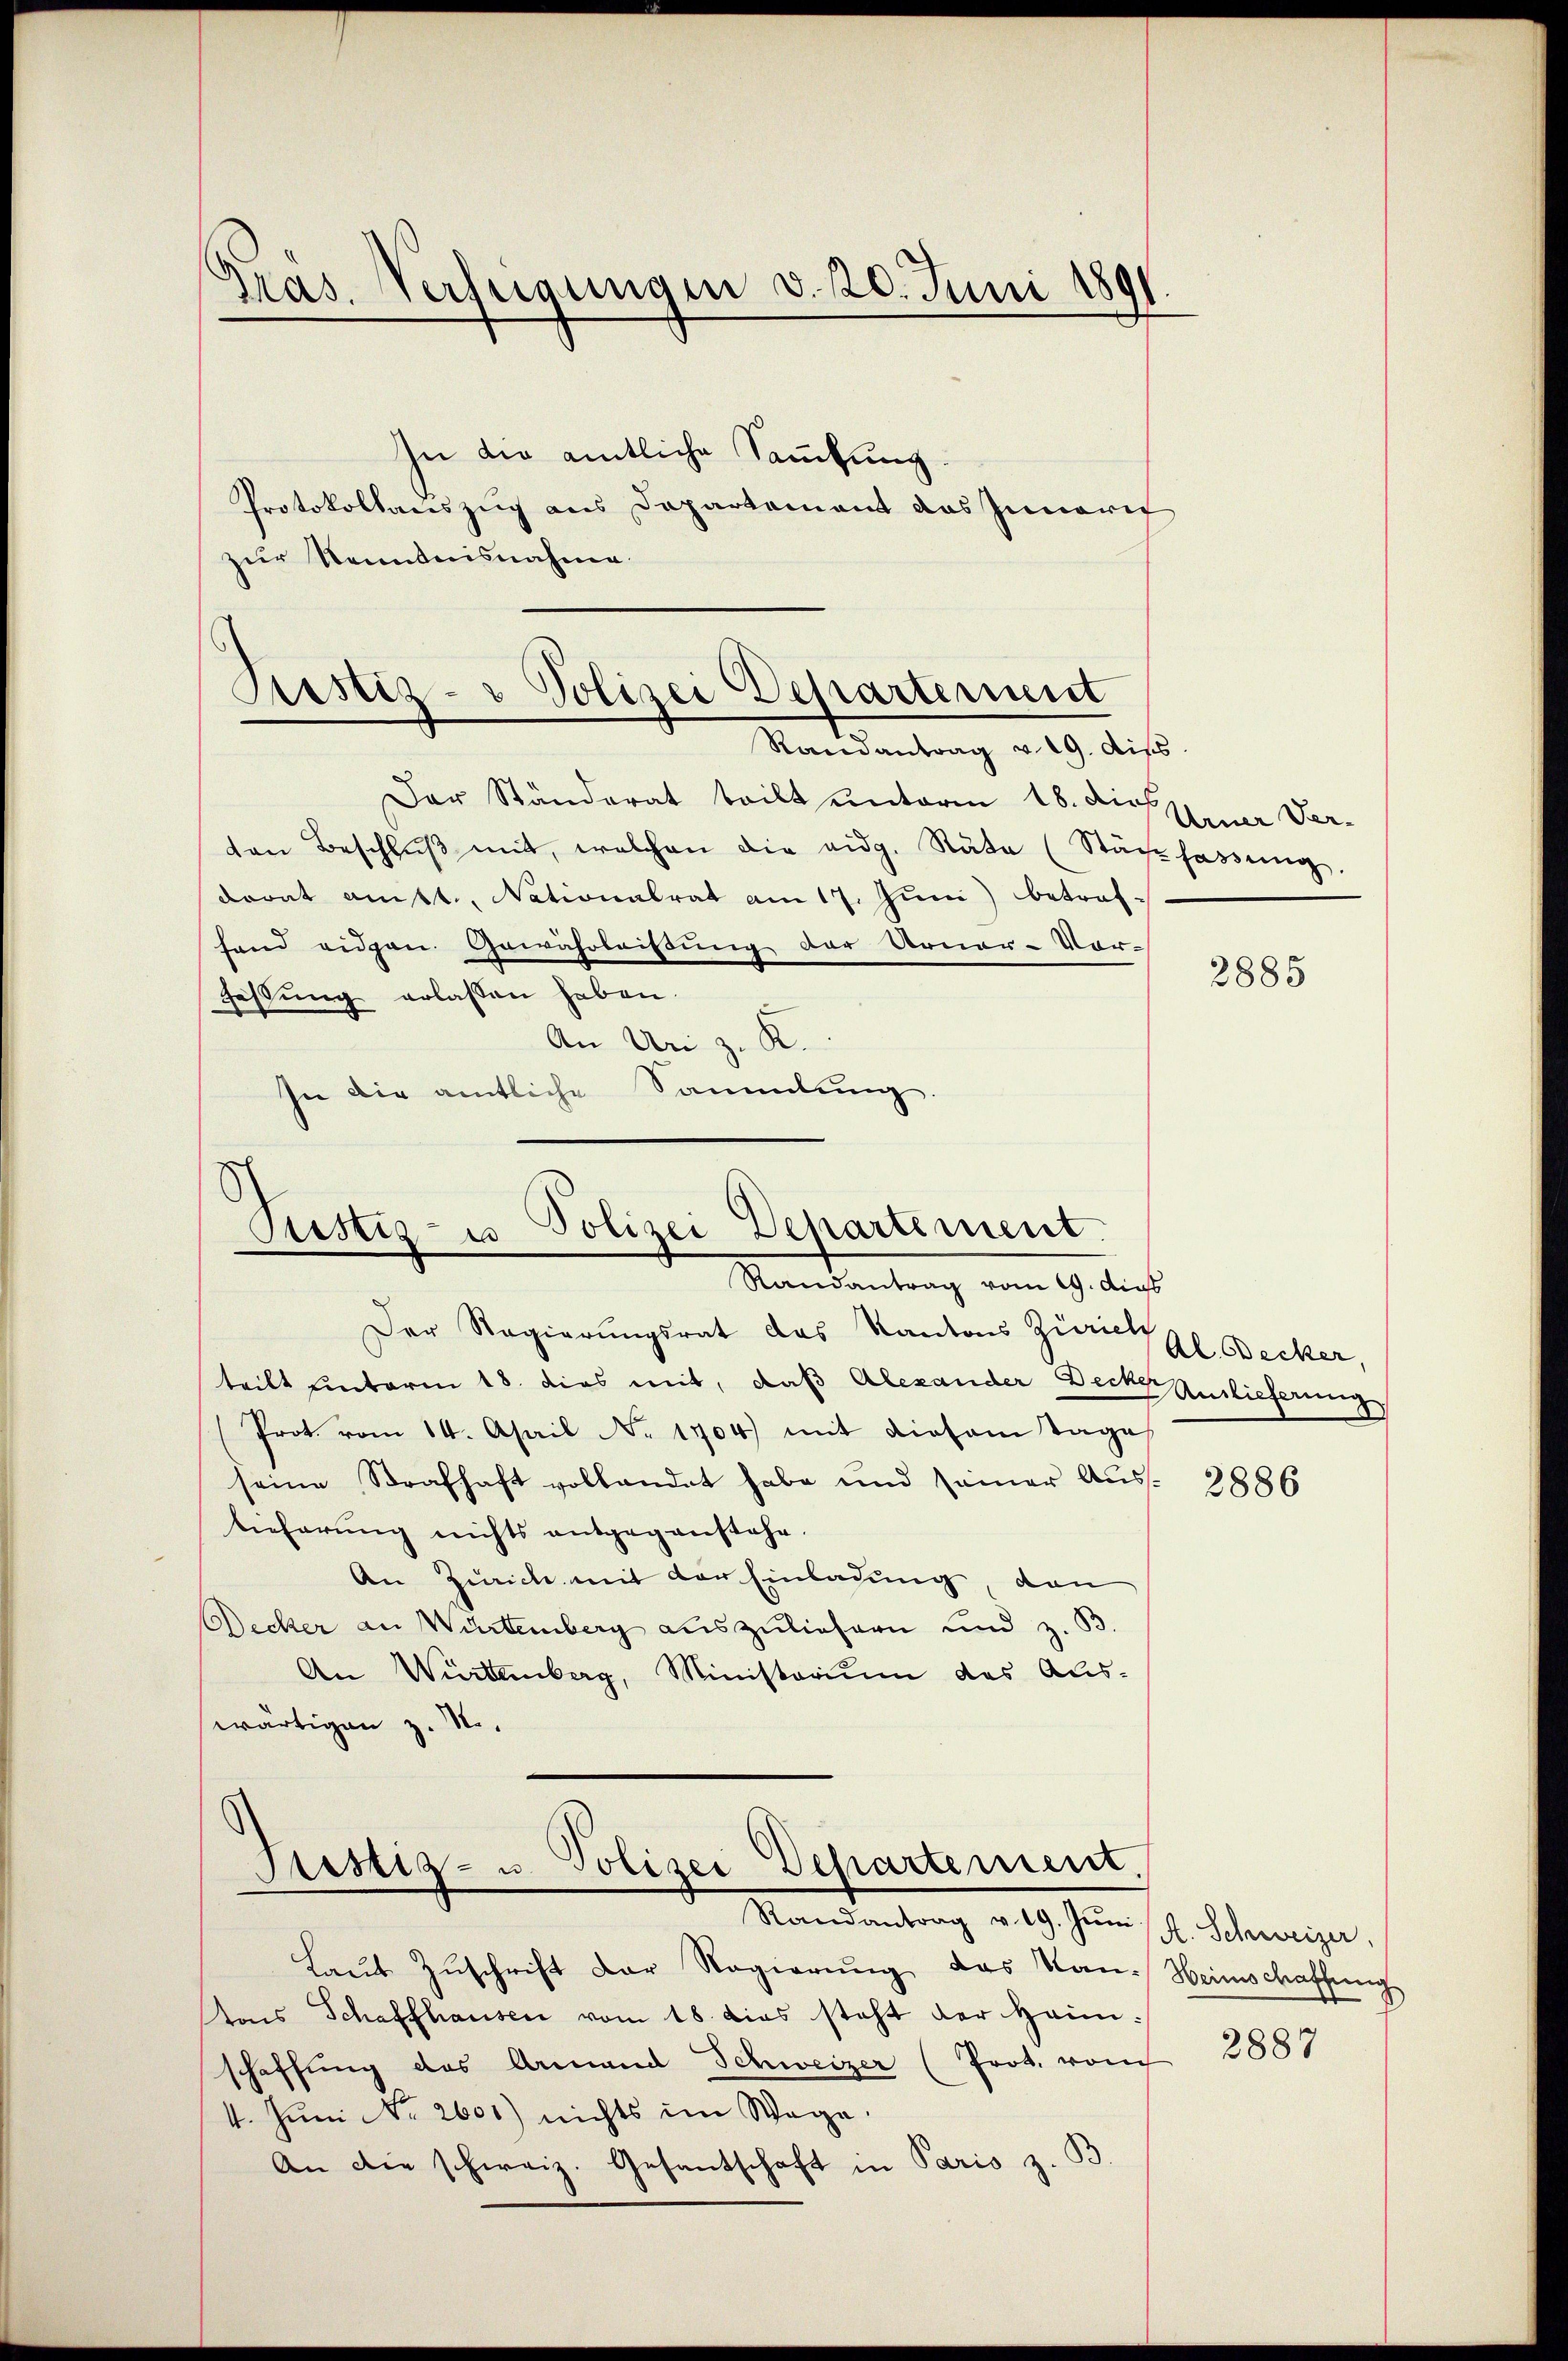
Gras. Verfügungen v. 20. Juni 1891

Justiz- & Polizei Departement
Randantrag v. 19. diss

In die amtliche Sammlung.
Protokollauszug aus Departement das Innerif
zur Kenntnisnahme.

Der Ständerat teilt unterm 18. die Neuer Verten Beschlŭβ mit, welchen die eidg. Rate (Stäŭhassŭng.
dront amkt., Nationalrat am 17. Jŭni) betroffand eidgen. Gewährleisung der Urner-Vor-
Festung erlassen haben.
An Uri z. K.
In die amtliche Sammlung

Pustiz- u Polizei Departement
Randantrag vom 19. Augs

Der Regierungsrat das Kantons Zürichs Becker
teilt unterm 18. dies mit, daß Alexander Decke Auslieferung
Prot. vom 14. April Nr. 1704) mit diesem Tage
seine Strafhaft vollandet habe und seiner Auslicherung nichts entgegenstehe.
An Zürich mit der Einladung den
Decker an Würtemberg auszuliefern und z. B.
An Würtemberg, Ministorium das Aus-
wärtigen z. S.

Prestiz- u. Polizei Departement.
Randantrag v. 19. Jŭni (s. Schweizer,
Laut Zuschrift der Regierung das Kan-

tons Schaffhausen vom 18. dies steht der Heimschaffung des Armand Schweizer (Prot. vom
4. Juni No 2601) nichts im Wage
An die schweiz. Gesantschaft in Paris z. B

2885

2886

Weinschaffung

2887